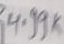
Text: 4.99K